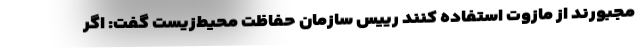
مجبورند از مازوت استفاده کنند رییس سازمان حفاظت محیط‌زیست گفت: اگر